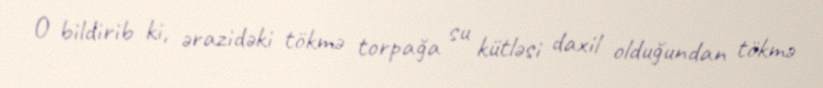
O bildirib ki, ərazidəki tökmə torpağa su kütləsi daxil olduğundan tökmə